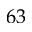
6 3